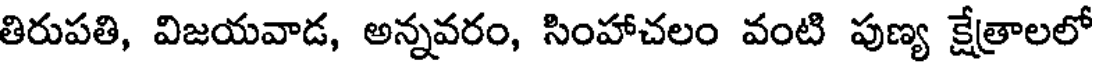
తిరుపతి, విజయవాడ, అన్నవరం, సింహాచలం వంటి పుణ్య క్షేత్రాలలో